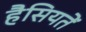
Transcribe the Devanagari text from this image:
हैसियतें